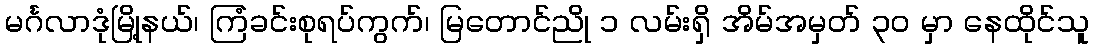
မင်္ဂလာဒုံမြို့နယ်၊ ကြံခင်းစုရပ်ကွက်၊ မြတောင်ညို ၁ လမ်းရှိ အိမ်အမှတ် ၃၀ မှာ နေထိုင်သူ